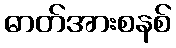
ဓာတ်အားစနစ်